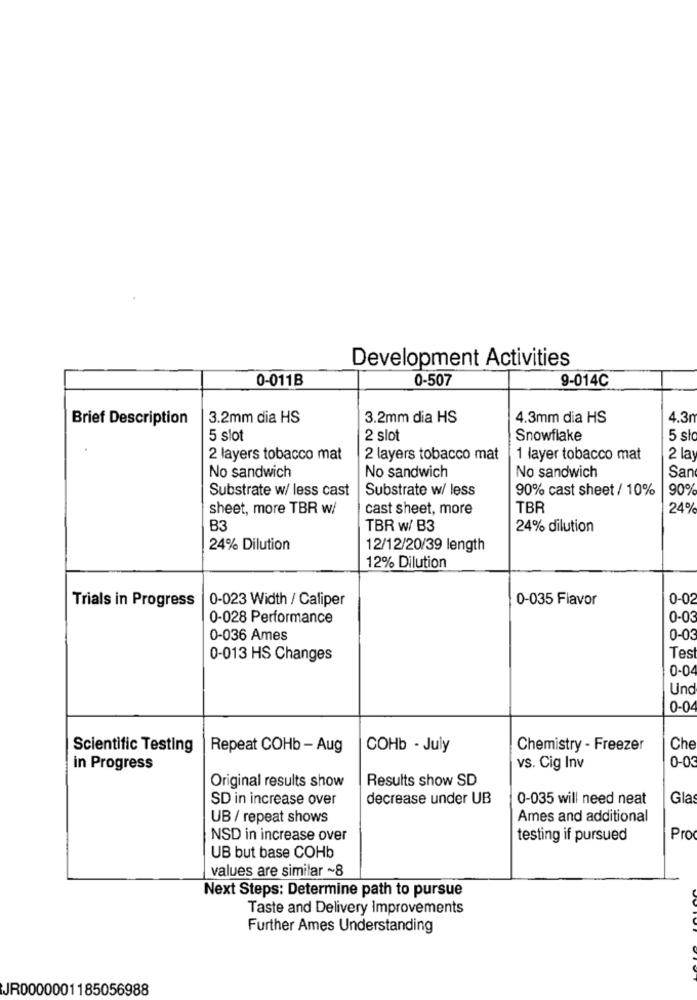
Development Activities
0-011B
0-507
9-014C
Brief Description
3.2mm dia HS
3.2mm dia HS
4.3mm dia HS
4.3₼
5 slot
2 slot
Snowflake
5 st
2 layers tobacco mat
2 layers tobacco mat
1 layer tobacco mat
2 lay
No sandwich
No sandwich
San
No sandwich
Substrate w/ less cast
Substrate w/ less
90% cast sheet / 10%
90%
sheet, more TBR w/
cast sheet, more
TBR
24%
B3
TBR w/ B3
24% dilution
24% Dilution
12/12/20/39 length
12% Dilution
Trials in Progress
0-023 Width / Caliper
0-035 Flavor
0-02
0-028 Performance
0-03
0-036 Ames
0-03
0-013 HS Changes
Tes
0-04
Und
0-0
Scientific Testing
Repeat COHb - Aug
COHb - July
Chemistry - Freezer
Che
0-03
in Progress
vs. Cig Inv
Results show SD
Original results show
SD in increase over
decrease under UB
0-035 will need neat
Glas
UB / repeat shows
Ames and additional
NSD in increase over
testing if pursued
Pro
UB but base COHb
values are similar ~8
Next Steps: Determine path to pursue
Taste and Delivery Improvements
Further Ames Understanding
JR0000001185056988